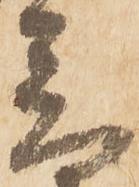
音